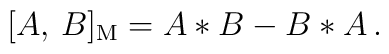
[A,\, B]_{\rm M} = A * B - B * A\, .